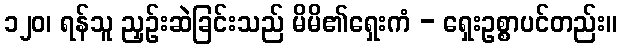
၁၂၀၊ ရန်သူ ညှဉ်းဆဲခြင်းသည် မိမိ၏ရှေးကံ - ရှေးဥစ္စာပင်တည်း။